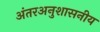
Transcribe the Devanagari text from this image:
अंतरअनुशासनीय